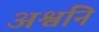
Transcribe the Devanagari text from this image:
अश्वनि